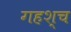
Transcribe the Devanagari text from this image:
गहश्च